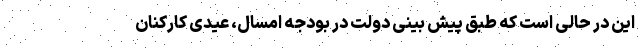
این در حالی است که طبق پیش بینی دولت در بودجه امسال، عیدی کارکنان